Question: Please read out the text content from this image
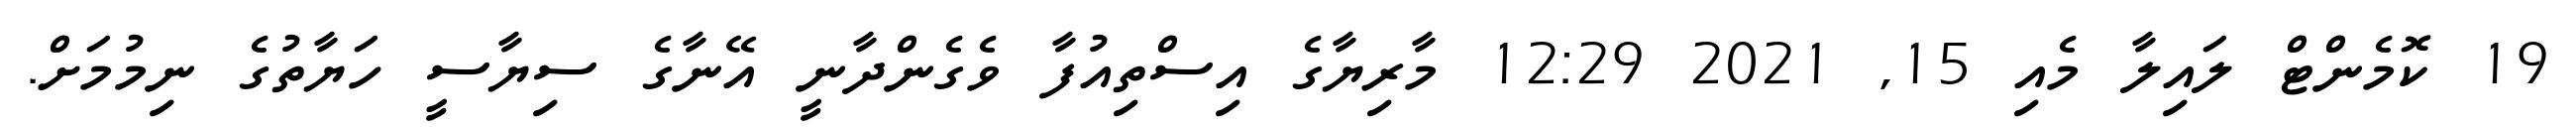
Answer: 19 ކޮމެންޓް ލައިލާ މެއި 15, 2021 12:29 މާރިޔާގެ އިސްތިއުފާ ވެގެންދާނީ އޭނާގެ ސިޔާސީ ހަޔާތުގެ ނިމުމަށް.